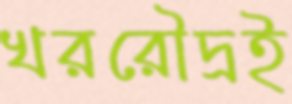
খররৌদ্রই